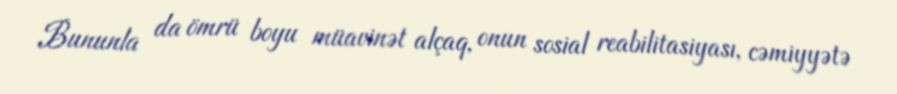
Bununla da ömrü boyu müavinət alçaq, onun sosial reabilitasiyası, cəmiyyətə